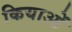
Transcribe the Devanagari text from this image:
कियाओं